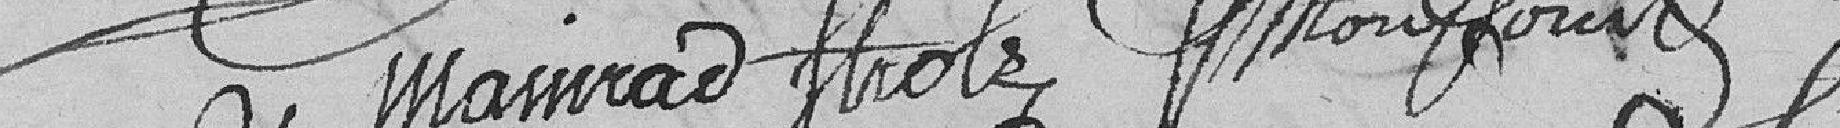
Massirad     Strolz                          ????????????